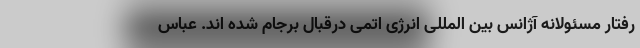
رفتار مسئولانه آژانس بین المللی انرژی اتمی درقبال برجام شده اند. عباس